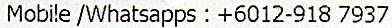
MOBILE /WHATSAPPS : +6012-918 7937